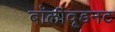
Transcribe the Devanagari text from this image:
बॉलीवूडनट